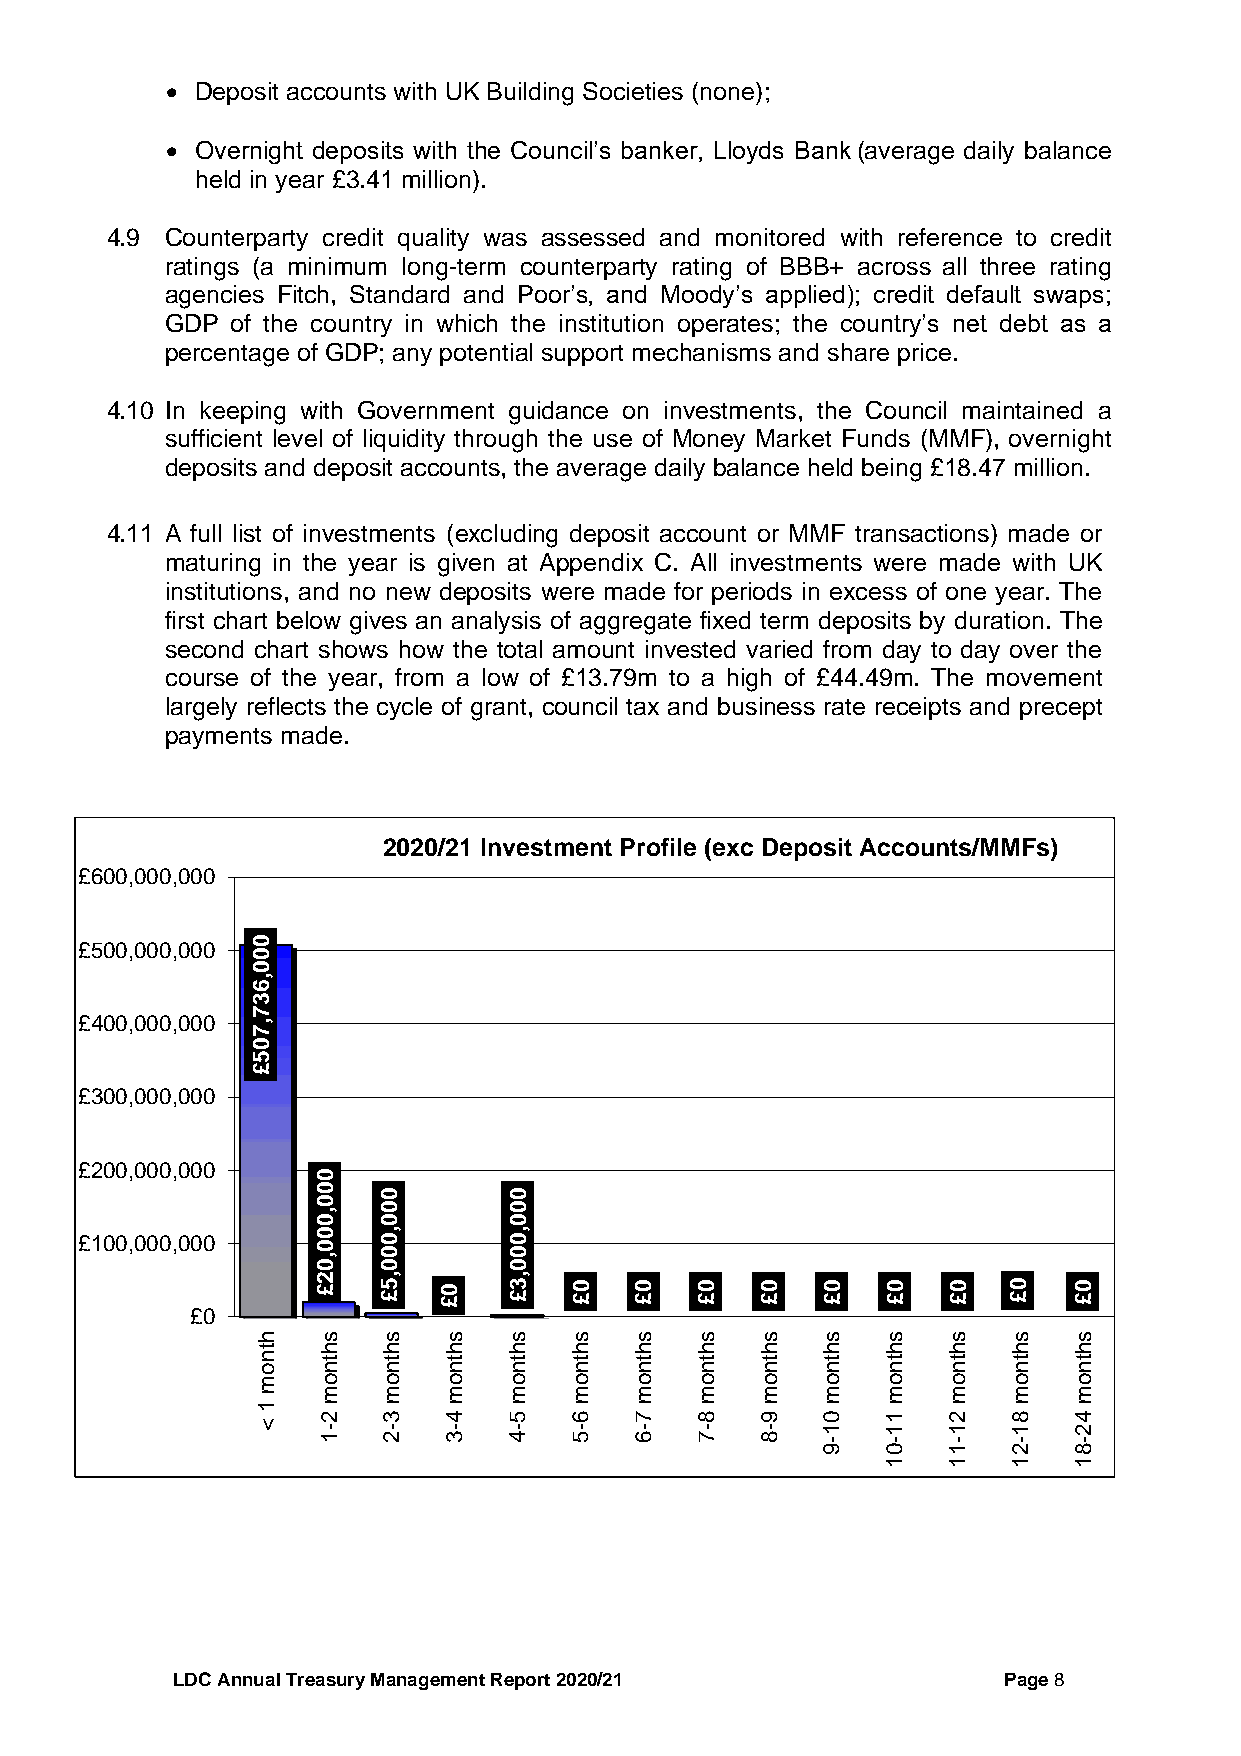
• Deposit accounts with UK Building Societies (none);
 • Overnight deposits with the Council’s banker, Lloyds Bank (average daily balance
 held in year £3.41 million).
 4.9 Counterparty credit quality was assessed and monitored with reference to credit
 ratings (a minimum long-term counterparty rating of BBB+ across all three rating
 agencies Fitch, Standard and Poor’s, and Moody’s applied); credit default swaps;
 GDP of the country in which the institution operates; the country’s net debt as a
 percentage of GDP; any potential support mechanisms and share price.
 4.10 In keeping with Government guidance on investments, the Council maintained a
 sufficient level of liquidity through the use of Money Market Funds (MMF), overnight
 deposits and deposit accounts, the average daily balance held being £18.47 million.
 4.11 A full list of investments (excluding deposit account or MMF transactions) made or
 maturing in the year is given at Appendix C. All investments were made with UK
 institutions, and no new deposits were made for periods in excess of one year. The
 first chart below gives an analysis of aggregate fixed term deposits by duration. The
 second chart shows how the total amount invested varied from day to day over the
 course of the year, from a low of £13.79m to a high of £44.49m. The movement
 largely reflects the cycle of grant, council tax and business rate receipts and precept
 payments made.
 2020/21 Investment Profile (exc Deposit Accounts/MMFs)
 £600,000,000
 £500,000,000 0
 0
 0
 ,
 6
 3
 7
 £400,000,000 ,
 7
 0
 5
 £
 £300,000,000
 £200,000,000
 0
 0   0        0
 0   0        0
 , 0 0        0
 £100,000,000    0 0 , 0 0    , 0 0
 , 0 0        0
 2 £ , 5 £ 0 £ , 3 £ 0 £ 0 £ 0 £ 0 £ 0 £ 0 £ 0 £ 0 £ 0 £
 £0
 h   s   s   s    s   s   s   s   s   s    s   s   s   s
 tn
 o
 h
 tn
 h
 tn
 h
 tn
 h
 tn
 h
 tn
 h
 tn
 h
 tn
 h
 tn
 h
 tn
 h
 t n
 h
 tn
 h
 t n
 h
 t n
 m   o   o   o    o   o   o   o   o   o    o   o   o   o
 m   m   m    m   m   m   m   m   m    m   m   m   m
 1
 <
 2
 -
 3
 -
 4
 -
 5
 -
 6
 -
 7
 -
 8
 -
 9
 -
 0
 1
 1
 1
 2
 1
 8
 1
 4
 2
 1   2   3    4   5   6   7   8   -    -   -   -   -
 9    0   1   2   8
 1   1   1   1
 LDC Annual Treasury Management Report 2020/21          Page 8